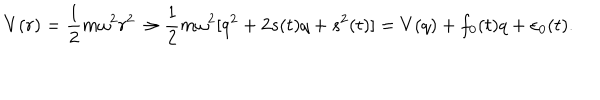
V ( r ) = \frac { 1 } { 2 } m \omega ^ { 2 } r ^ { 2 } \rightarrow \frac { 1 } { 2 } m \omega ^ { 2 } [ q ^ { 2 } + 2 s ( t ) q + s ^ { 2 } ( t ) ] = V ( q ) + f _ { 0 } ( t ) q + \varepsilon _ { 0 } ( t ) .